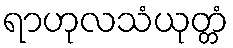
ရာဟုလသံယုတ္တံ